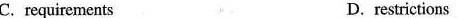
C. requirements D. restrictions